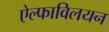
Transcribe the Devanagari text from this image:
ऐल्फाविलयन